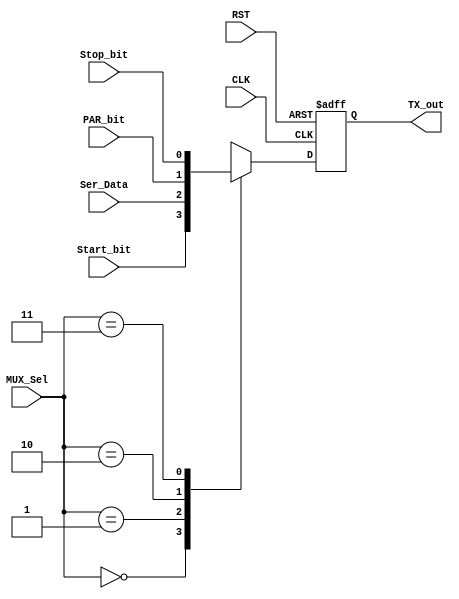
module MUX (input wire [1:0] MUX_Sel,
input  wire Start_bit,
input  wire CLK,
input  wire RST,
input  wire Ser_Data,
input  wire Stop_bit,
input  wire PAR_bit,
output reg TX_out);
 always@(posedge CLK or negedge RST)
 begin
 TX_out<=1'b1;
  if(!RST)
   begin
	TX_out<=1'b1;
   end	
  else
   begin
    case(MUX_Sel)
   	2'b00:begin
		TX_out<=Start_bit;
	      end
  	 2'b01:begin
		TX_out<=Ser_Data;
	       end
   	2'b10:begin
		TX_out<=PAR_bit;
              end
   	2'b11:begin
		TX_out<=Stop_bit;
	      end		
   
    endcase
   end
 end















endmodule